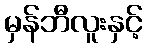
မှန်ဘီလူးနှင့်